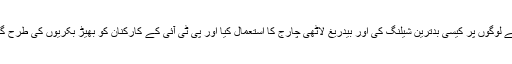
جمعرات اور جمعے کو ساری پاکستانی قوم اور دنیا نے دیکھاکہ حکومتی مشینری نے تحریک انصاف کے لوگوں پر کیسی بدترین شیلنگ کی اور بیدریغ لاٹھی چارج کا استعمال کیا اور پی ٹی آئی کے کارکنان کو بھیڑ بکریوں کی طرح گھسیٹ گھسیٹ کرگرفتار کیا اوراِنہیں قیدیوں کی وین میں بھر کر نامعلوم مقا م کی جا نب لے کر چلی گئی۔